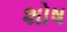
શોષ